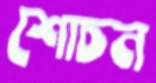
শোচন